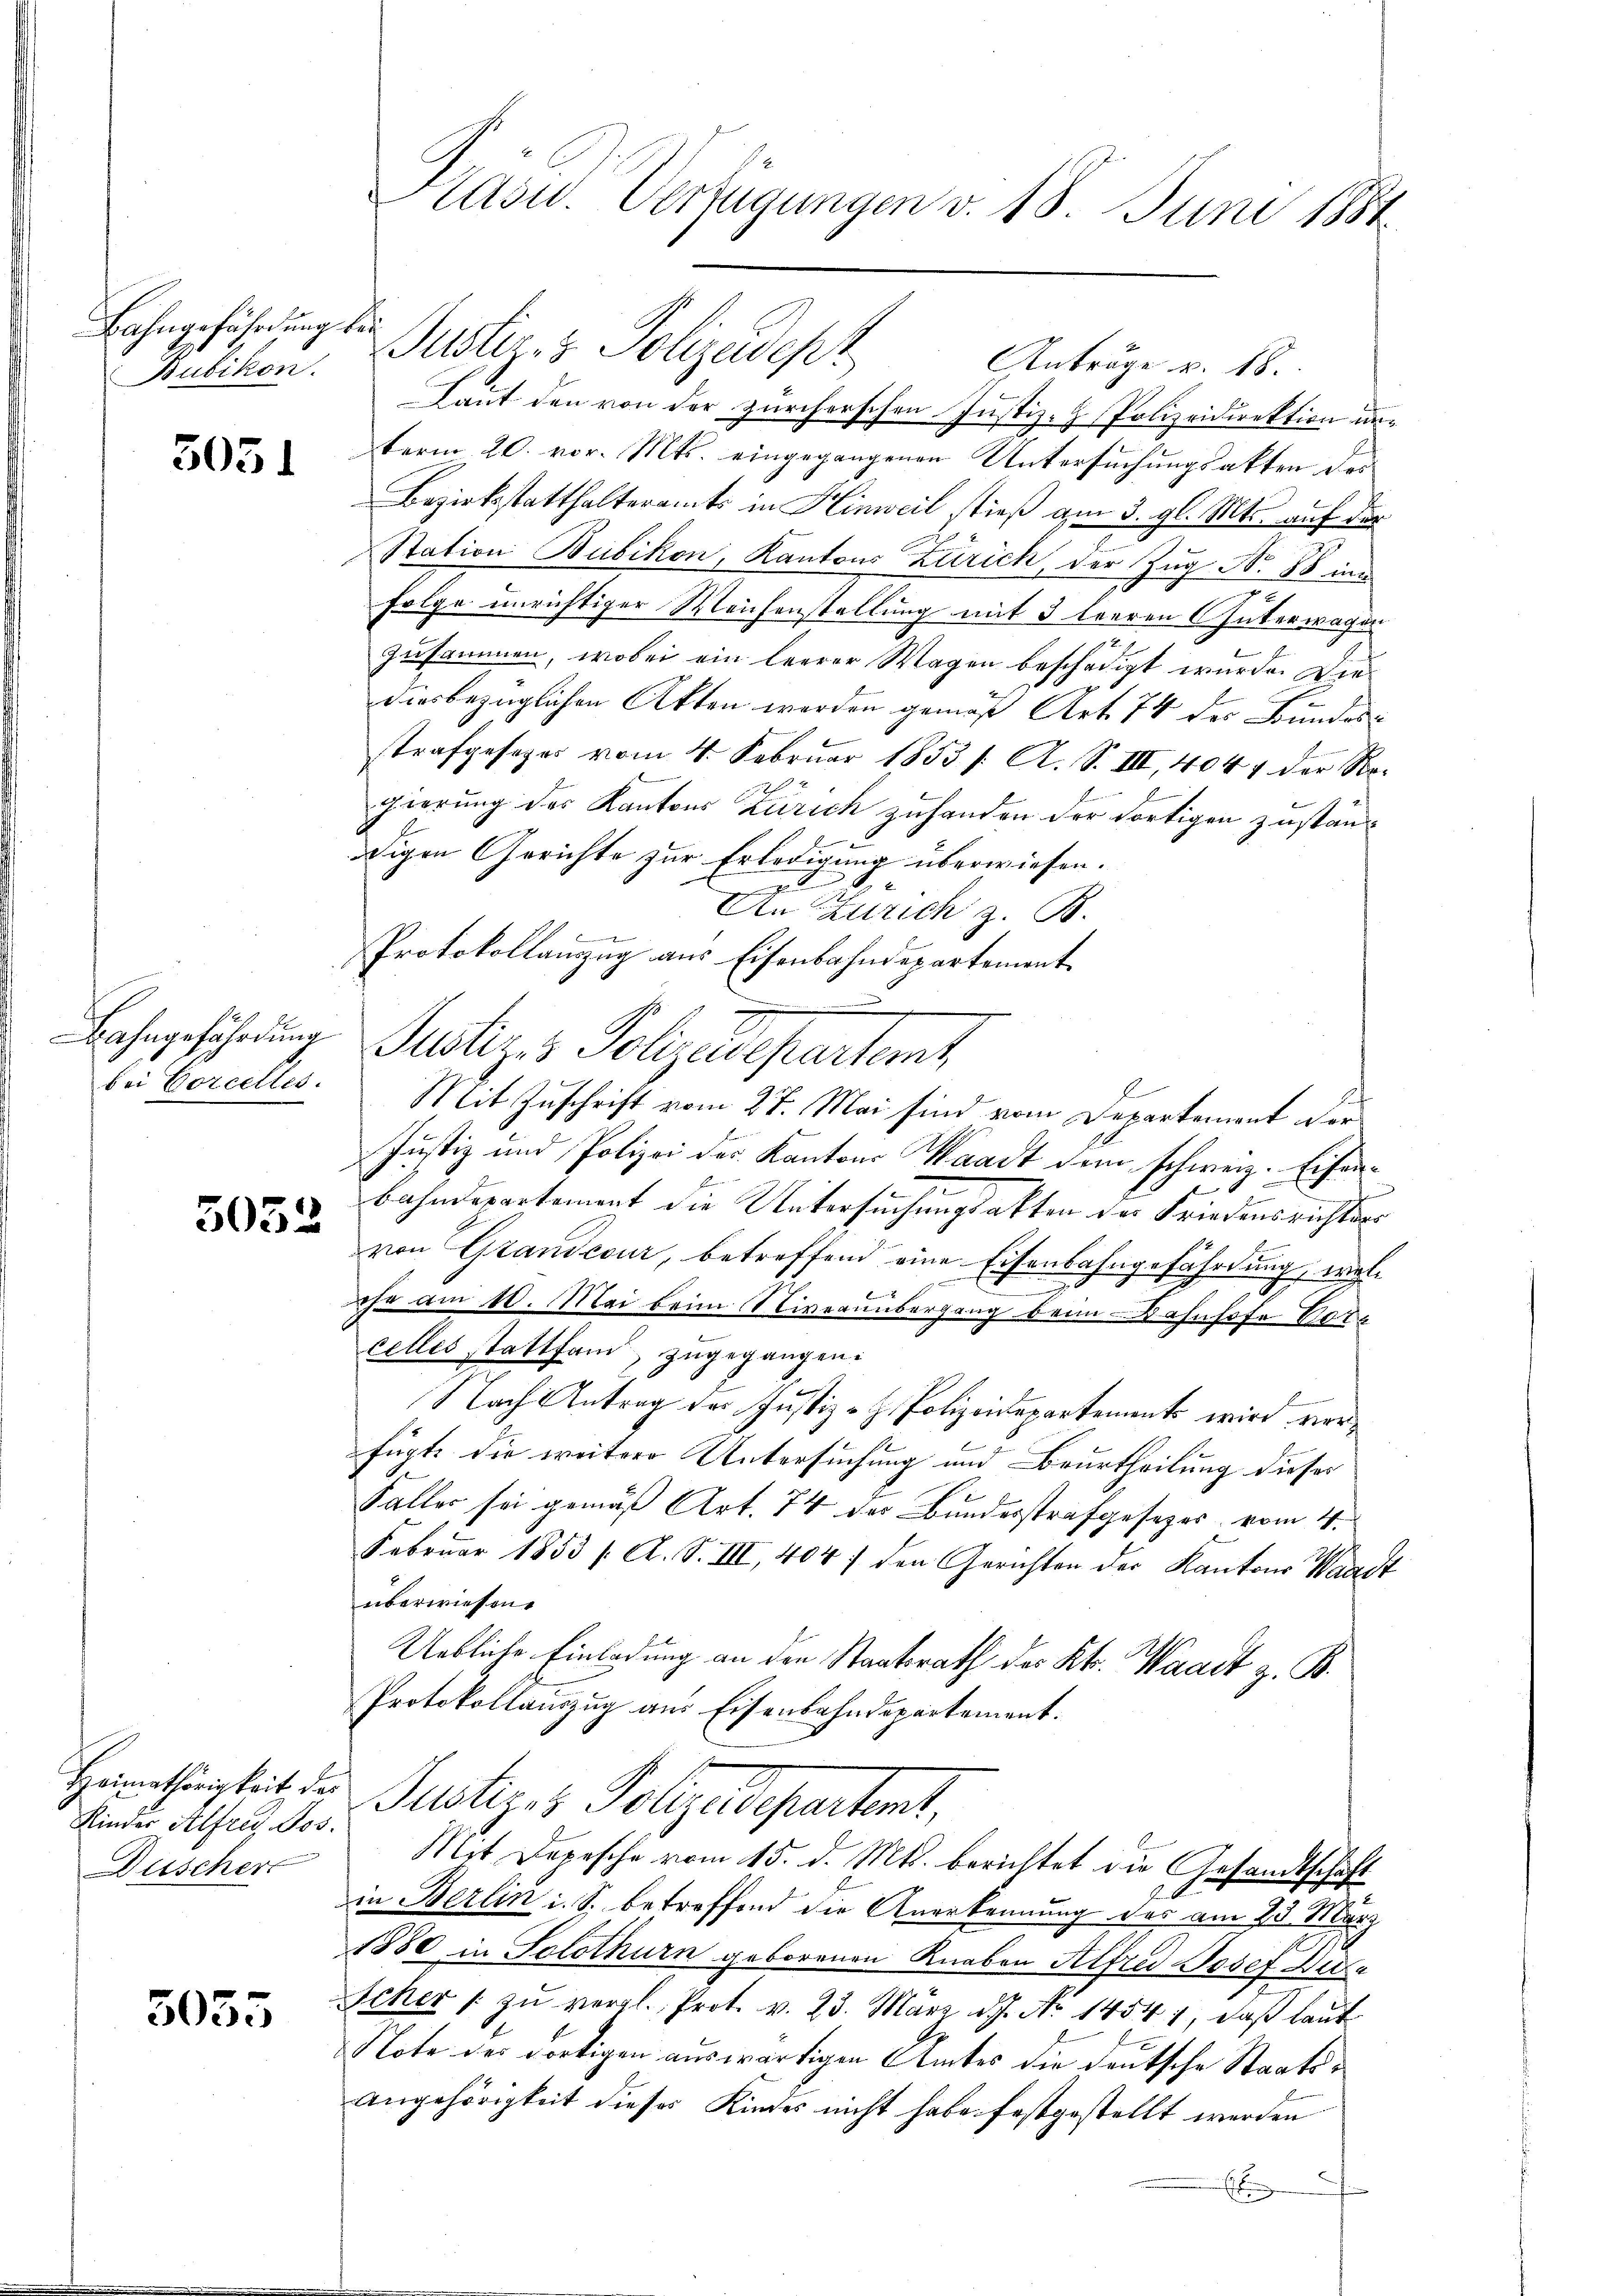
Bahngefährdung bei
Bubikon.

5051

bei Corcelles.

5055

5052

Heimathörigkeit der
Kinder Alfred Jos.
Duschert

Präsid. Verfügungen v. 18. Juni 1884

Justiz- & Polizeidept
Laut den von der zürcherschen Justiz- Polizeidirektion unterm 20. vor. Mts. eingegangenen Untersuchungsakten des
Bezirksstatthalteramts in Hinweil stieß am 3. gl. Mts. auf der
Station Bubikon, Kantons Zürich der Zug No. 88 in
Folge unrichtiger Weichenstellung mit 3 terren Güterwagen
zusammen, wobei ein leerer Wagen beschädigt wurde. Diediesbezüglichen Akten worden gemäß Art. 74 des Bundesstrafgesezes vom 4. Februar 1853 /: A. S. III, 4044 der Rogierung des Kantons Zürich zuhanden der dortigen zuständigen Gerichte zur Erledigung überwiesen.
.
t
An Zürich z. B.
i
Protokollauszug aus Eisenbahndepartement
e
Bahngeführung Justiz- & Polizeidepartemt
Mit Zuschrift vom 27. Mai sind vom Departement der
Justiz und Polizei des Kantons Waadt dem schweiz. Eisenbahndepartement die Untersuchungsakten der Friedensrichters
von Grandcour, betreffend eine Eisenbahngefährdung, wel¬
.
ehn am 10. Mai beim Niveruntergang beim Bahnhofe Vore
celles stattfand, zugegangen.
Nach Antrag des Justiz- H. Polizeidepartement wird verfügte die weitere Untersuchung und Beurtheilung dieses
Faller sei gemäß Art. 74 des Bundesstrafgesetzes vom 4.
Februar 1853 /A. S. III, 4047 den Gerichten der Kantons Waadt
überwiesen.
Uebliche Einladung an den Staatsrath des Kts. Waadt z. B.
Protokollauszug aus Eisenbahndepartement.
Justiz & Polizeidepartent,
Mit Depesche vom 15. d. Mts. berichtet die Gesandtschäft
in Berlin i. S. betreffend die Anerkennung des am 20. März
1880 in Solothurn geborenen Knaben Alfred Josef Weite
Scher 1 zŭ vergl. Prot. v. 23. März d.J. No 14547, daß laut
Note des dortigen auswärtigen Amtes die deutsche Staats¬
Angehörigkeit dieses Kindes nicht habe festgestellt werden

Anträge v. 18.